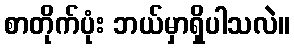
စာတိုက်ပုံး ဘယ်မှာရှိပါသလဲ။